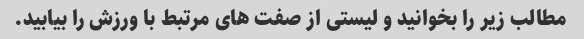
مطالب زیر را بخوانید و لیستی از صفت های مرتبط با ورزش را بیابید.